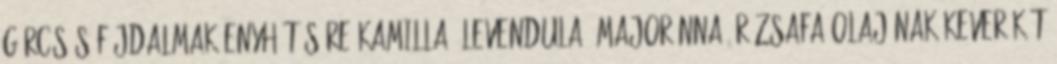
Görcsös fájdalmak enyhítésére kamilla, levendula, majoránna, rózsafa olajának keverékét